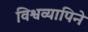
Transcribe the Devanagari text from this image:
विश्वव्यापिने